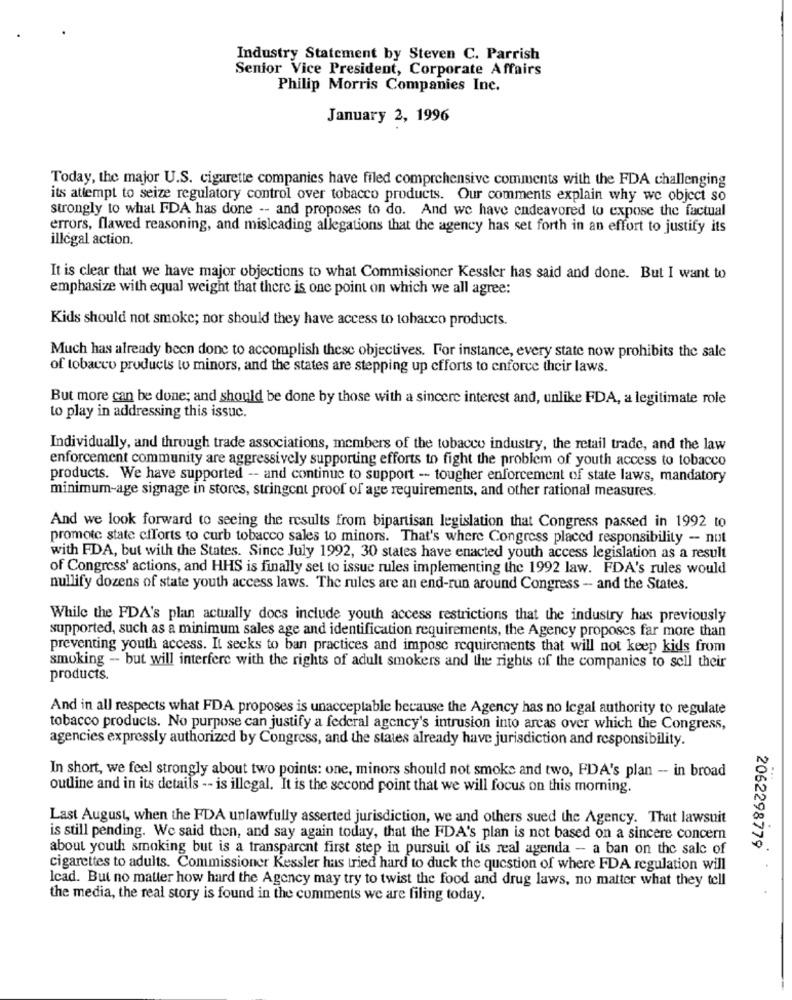
Industry Statement by Steven C. Parrish
Senior Vice President, Corporate Affairs
Philip Morris Companies Inc.
January 2, 1996
Today, the major U.S. cigarette companies have filed comprehensive comments with the FDA challenging
its attempt to seize regulatory control over tobacco products. Our comments explain why we object so
strongly to what FDA has done -- and proposes to do. And we have endeavored to expose the factual
errors, flawed reasoning, and misleading allegations that the agency has set forth in an effort to justify its
illégal action.
It is clear that we have major objections to what Commissioner Kessler has said and done. But I want to
emphasize with equal weight that there is one point on which we all agree:
Kids should not smoke; nor should they have access to tobacco products.
Much has already been done to accomplish these objectives. For instance, every state now prohibits the sale
of tobacco products to minors, and the states are stepping up efforts to enforce their laws.
But more can be done; and should be done by those with a sincere interest and, unlike FDA, a legitimate role
to play in addressing this issuc.
Individually, and through trade associations, members of the tobacco industry, the retail trade, and the law
enforcement community are aggressively supporting efforts to fight the problem of youth access to tobacco
products. We have supported -- and continue to support -- tougher enforcement of state laws, mandatory
minimum-age signage in stores, stringent proof of age requirements, and other rational measures.
And we look forward to seeing the results from bipartisan legislation that Congress passed in 1992 to
promote state efforts to curb tobacco sales to minors. That's where Congress placed responsibility - not
with FDA, but with the States. Since July 1992, 30 states have enacted youth access legislation as a result
of Congress' actions, and HHS is finally set to issue rules implementing the 1992 law. FDA's rules would
nullify dozens of state youth access laws. The rules are an end-run around Congress -- and the States.
While the FDA's plan actually docs include youth access restrictions that the industry has previously
supported, such as a minimum sales age and identification requirements, the Agency proposes far more than
preventing youth access. It secks to ban practices and impose requirements that will not keep kids from
smoking - but will interfere with the rights of adult smokers and the rights of the companies to sell their
products.
And in all respects what FDA proposes is unacceptable because the Agency has no legal authority to regulate
tobacco products. No purpose can justify a federal agency's intrusion into arcas over which the Congress,
agencies expressly authorized by Congress, and the states already have jurisdiction and responsibility.
In short, we feel strongly about two points: one, minors should not smoke and two, FDA's plan - in broad
outline and in its details -- is illegal. It is the second point that we will focus on this morning.
Last August, when the FDA unlawfully asserted jurisdiction, we and others sued the Agency. That lawsuit
is still pending. We said then, and say again today, that the FDA's plan is not based on a sincere concern
about youth smoking but is a transparent first step in pursuit of its real agenda - a ban on the sale of
2062298779
cigarettes to adults. Commissioner Kessler has tried hard to duck the question of where FDA regulation will
Icad. But no matter how hard the Agency may try to twist the food and drug laws, no matter what they tell
the media, the real story is found in the comments we are filing today.